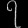
Digit: ၇